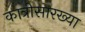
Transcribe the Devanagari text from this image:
कात्रीसारख्या